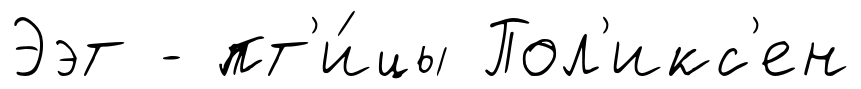
Ээт - пт'и́цы Пол'икс'ен